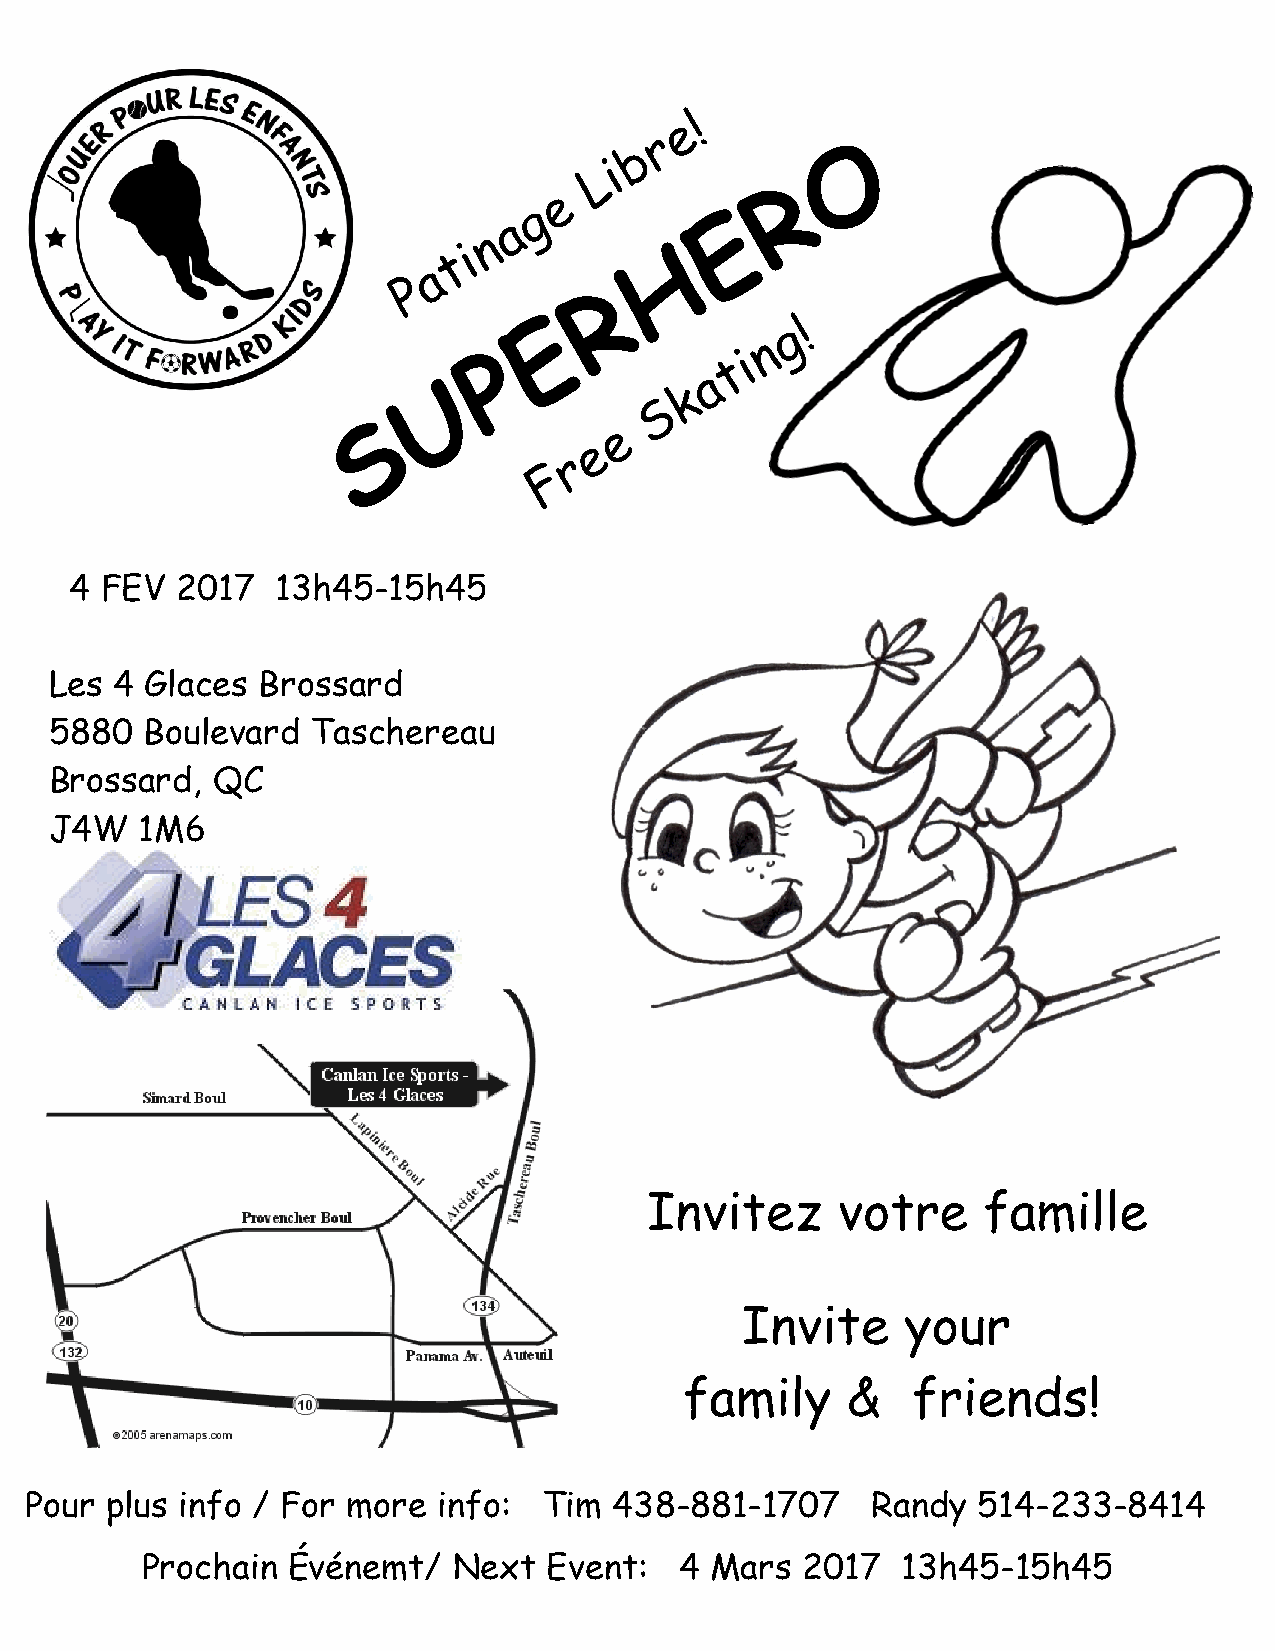
4 FEV  2017  13h45-15h45
 Les  4 Glaces Brossard
 5880  Boulevard   Taschereau
 Brossard,  QC
 J4W   1M6
 Invitez     votre     famille
 Invite     your
 family     &   friends!
 Pour plus info / For more  info:  Tim  438-881-1707     Randy  514-233-8414
 Prochain  Événemt/   Next  Event:   4 Mars  2017   13h45-15h45